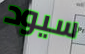
سيود